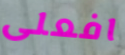
افعلى